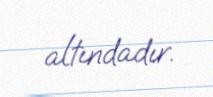
altındadır.